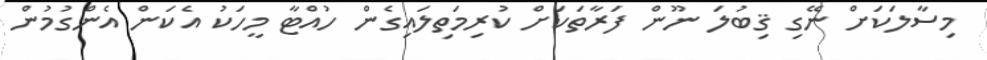
މިސާލަކަށް ނޭގި ޤިބުލަ ނޫން ފަރާތަކަށް ކުރިމަތިލައިގެން ހުއްޓާ މީހަކު އެކަން އެންގުމުން